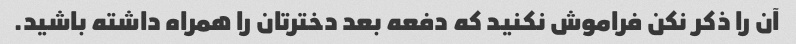
آن را ذکر نکن فراموش نکنید که دفعه بعد دخترتان را همراه داشته باشید.